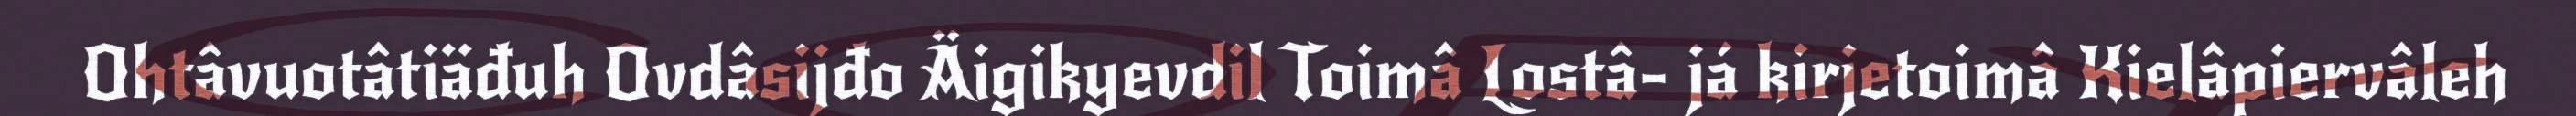
Ohtâvuotâtiäđuh Ovdâsijđo Äigikyevdil Toimâ Lostâ- já kirjetoimâ Kielâpiervâleh